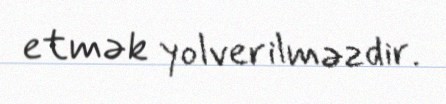
etmək yolverilməzdir.